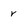
Character: r